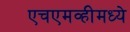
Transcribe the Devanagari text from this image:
एचएमव्हीमध्ये